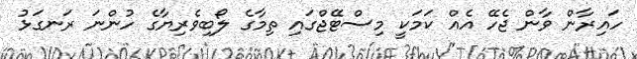
ހައިރާން ވާން ޖެހޭ އެއް ކަމަކީ މިސްޓޭޖްގައި ތިމާގެ ލޯބިވެރިޔާގެ ހުންނަ ރަނގަޅު